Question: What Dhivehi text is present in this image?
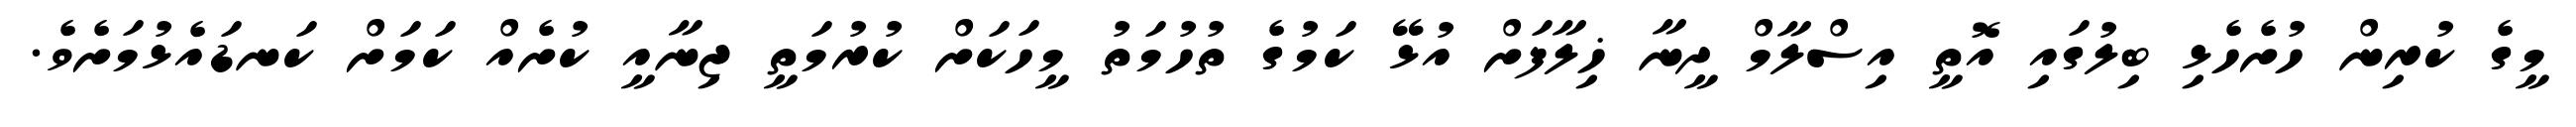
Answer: މީގެ ކުރިން ހުށެހެޅި ބިލުގައި އޮތީ އިސްލާމް ދީނާ ޚިލާފަށް އުޅޭ ކަމުގެ ތުހުމަތު މީހަކަށް ކުރުމަތީ ޖިނާއީ ކުށެއް ކަމަށް ކަނޑައެޅުމަށެވެ.